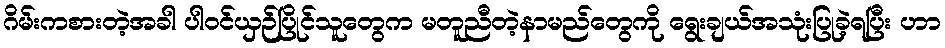
ဂိမ်းကစားတဲ့အခါ ပါဝင်ယှဉ်ပြိုင်သူတွေက မတူညီတဲ့နာမည်တွေကို ရွေးချယ်အသုံးပြုခဲ့ရပြီး ဟာ